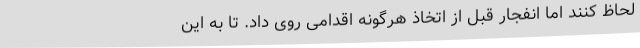
لحاظ کنند اما انفجار قبل از اتخاذ هرگونه اقدامی روی داد. تا به این